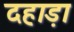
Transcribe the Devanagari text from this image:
दहाड़ा